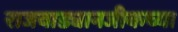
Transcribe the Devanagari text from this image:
राजवाड्यानजीकच्या